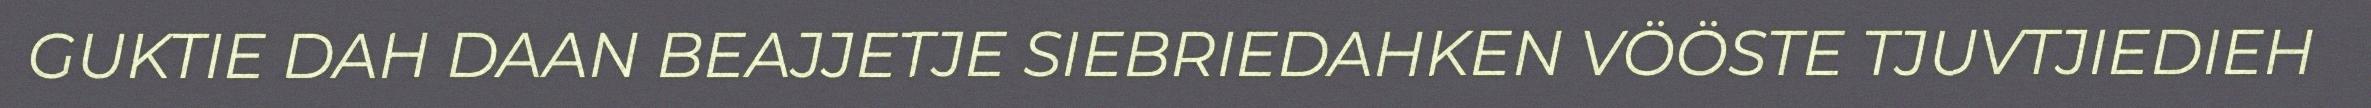
GUKTIE DAH DAAN BEAJJETJE SIEBRIEDAHKEN VÖÖSTE TJUVTJIEDIEH